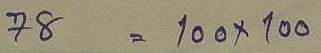
78 = 100 x 100